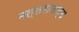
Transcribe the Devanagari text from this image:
मत्तराजश्च